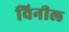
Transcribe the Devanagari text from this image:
विनील